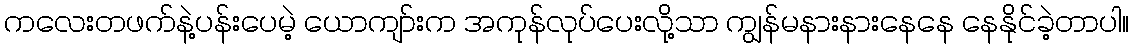
ကလေးတဖက်နဲ့ပန်းပေမဲ့ ယောကျာ်းက အကုန်လုပ်ပေးလို့သာ ကျွန်မနားနားနေနေ နေနိုင်ခဲ့တာပါ။